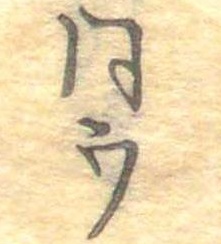
同ウ